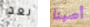
بعد أصبنا